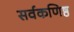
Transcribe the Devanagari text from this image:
सर्वकणिष्ठ